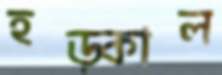
হড়্‌কাল